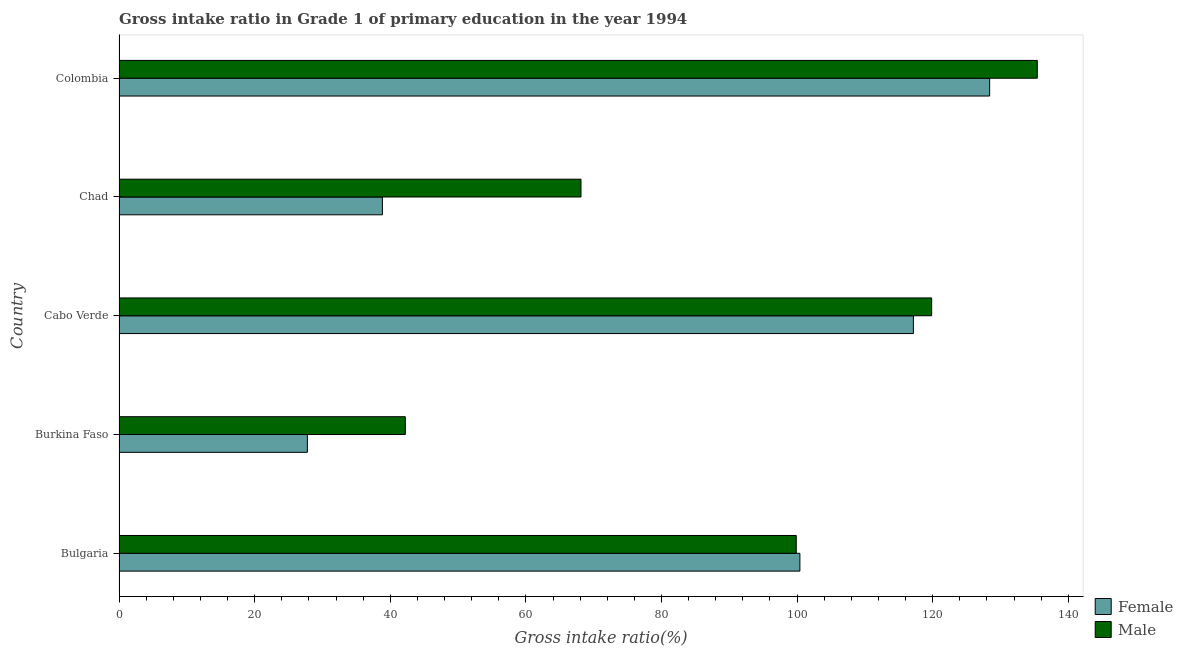
| Country | Female | Male |
 | --- | --- | --- |
 | Bulgaria | 100 | 99.9 |
 | Burkina Faso | 27.8 | 42.2 |
 | Cabo Verde | 117 | 120 |
 | Chad | 38.8 | 68.1 |
 | Colombia | 128 | 135 |